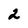
Character: 2